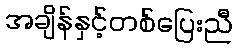
အချိန်နှင့်တစ်ပြေးညီ